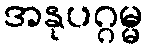
အနုပဂ္ဂမ္မ